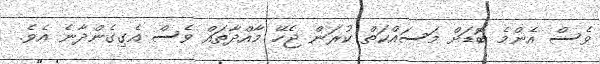
ވެސް އެންމެ ބޮޑަށް މަސައްކަތް ކުރަން ޖެހޭ މާއްދާތައް ވެސް އެގިގެންދާނެ އެވެ.